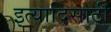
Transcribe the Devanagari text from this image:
इत्यादिसाठी